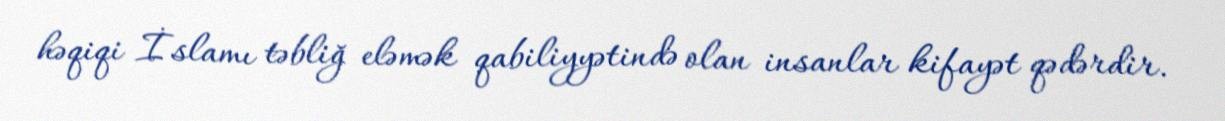
həqiqi İslamı təbliğ eləmək qabiliyyətində olan insanlar kifayət qədərdir.